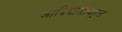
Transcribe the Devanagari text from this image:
आदिवासीबहूल